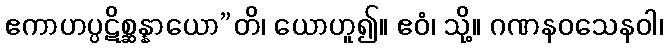
ဧကာဟပ္ပဋိစ္ဆန္နာယော”တိ၊ ယောဟူ၍။ ဧဝံ၊ သို့။ ဂဏနဝသေနဝါ၊